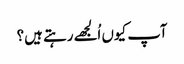
آپ کیوں اُلجھے رہتے ہیں؟